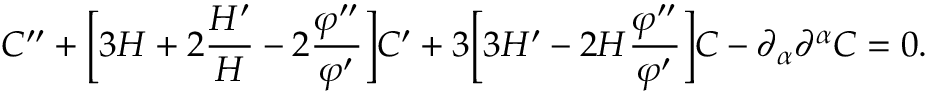
C ^ { \prime \prime } + \biggl [ 3 { \cal H } + 2 \frac { { \cal H } ^ { \prime } } { \cal H } - 2 \frac { \varphi ^ { \prime \prime } } { \varphi ^ { \prime } } \biggr ] C ^ { \prime } + 3 \biggl [ 3 { \cal H } ^ { \prime } - 2 { \cal H } \frac { \varphi ^ { \prime \prime } } { \varphi ^ { \prime } } \biggr ] C - \partial _ { \alpha } \partial ^ { \alpha } C = 0 .